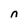
Character: n